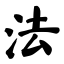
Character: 法